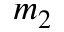
m _ { 2 }